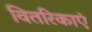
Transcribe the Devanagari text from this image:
वितरिकाएं